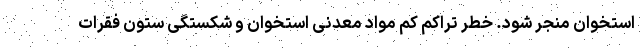
استخوان منجر شود. خطر تراکم کم مواد معدنی استخوان و شکستگی ستون فقرات